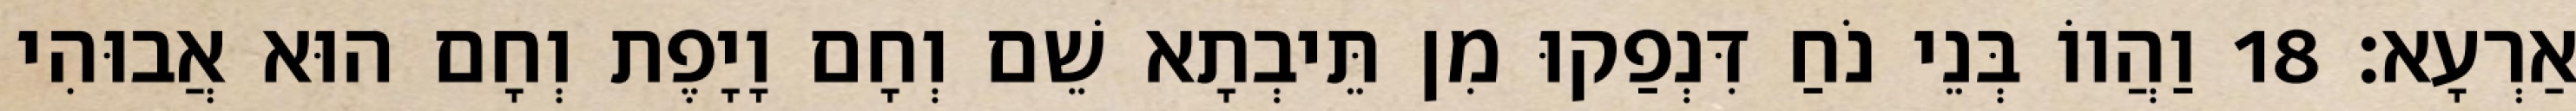
אַרְעָא׃ 18 וַהֲווֹ בְּנֵי נֹחַ דִּנְפַקוּ מִן תֵּיבְתָא שֵׁם וְחָם וָיָפֶת וְחָם הוּא אֲבוּהִי